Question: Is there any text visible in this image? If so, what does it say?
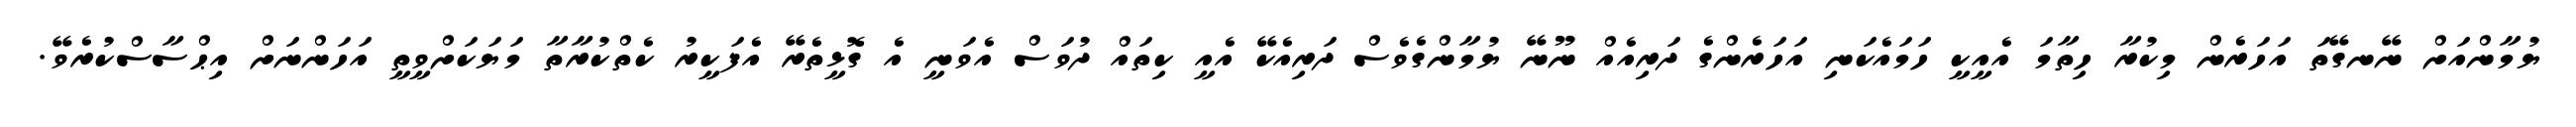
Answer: ޔުމާންއަށް ނޭނގޭތަ އަހަރެން މިކުރާ ހިތާމަ އެއީކީ ހަމައެކަނި އަހަރެންގެ ދަރިއެއް ނޫނޭ ޔުމާންގެވެސް ދަރިއެކޭ އެއީ ކިތައް ދުވަސް އެވަނީ އެ ގޮޅީތެރޭ އެފަކީރު ކެތްކުރާތާ މަޔަކަށްވީތީ އަހަންނަށް އިޙްސާސްކުރެވޭ.